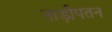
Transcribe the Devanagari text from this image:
नाड़ीपतन